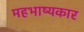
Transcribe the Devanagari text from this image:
महभाष्यकार